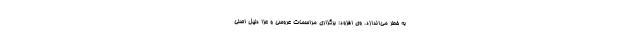
به خطر می‌اندازد. وی افزود: برگزاری مراسمات عروسی و عزا دلیل اصلی